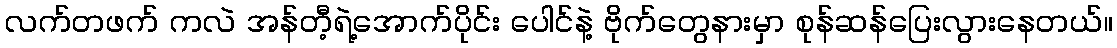
လက်တဖက် ကလဲ အန်တီ့ရဲ့အောက်ပိုင်း ပေါင်နဲ့ ဗိုက်တွေနားမှာ စုန်ဆန်ပြေးလွားနေတယ်။